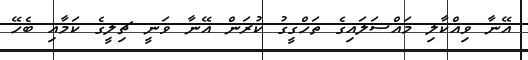
އޭނާ ވިއްކާލި މައްސަލައިގެ ތަހްގީގު ކުރަން އޭނާ ވަނީ ޗިލީގެ ކަމާއި ބެހޭ